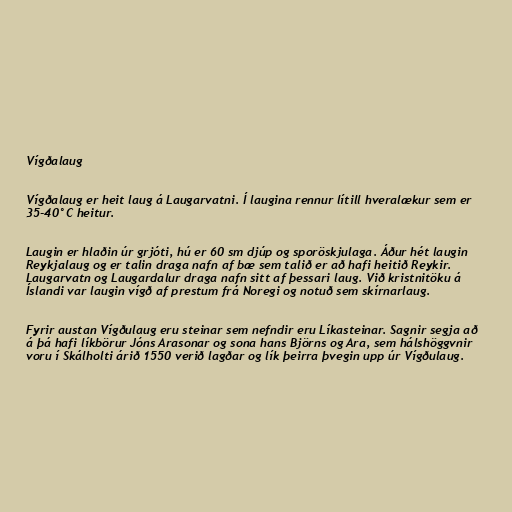
Vígðalaug

Vígðalaug er heit laug á Laugarvatni. Í laugina rennur lítill hveralækur sem er
35-40°C heitur.

Laugin er hlaðin úr grjóti, hú er 60 sm djúp og sporöskjulaga. Áður hét laugin
Reykjalaug og er talin draga nafn af bæ sem talið er að hafi heitið Reykir.
Laugarvatn og Laugardalur draga nafn sitt af þessari laug. Við kristnitöku á
Íslandi var laugin vígð af prestum frá Noregi og notuð sem skírnarlaug.

Fyrir austan Vígðulaug eru steinar sem nefndir eru Líkasteinar. Sagnir segja að
á þá hafi líkbörur Jóns Arasonar og sona hans Björns og Ara, sem hálshöggvnir
voru í Skálholti árið 1550 verið lagðar og lík þeirra þvegin upp úr Vígðulaug.